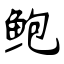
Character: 鲍